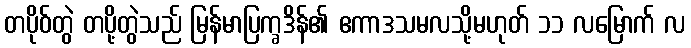
တပိုဝ်တွဲ တပို့တွဲသည် မြန်မာပြက္ခဒိန်၏ ဧကာဒသမလသို့မဟုတ် ၁၁ လမြောက် လ